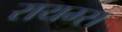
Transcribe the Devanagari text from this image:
रायम्स